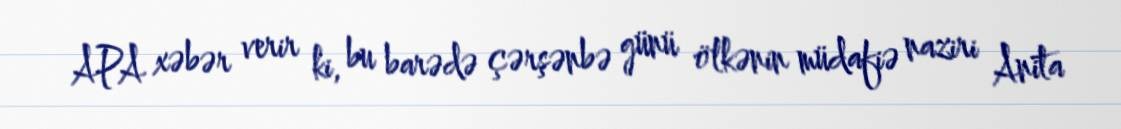
APA xəbər verir ki, bu barədə çərşənbə günü ölkənin müdafiə naziri Anita